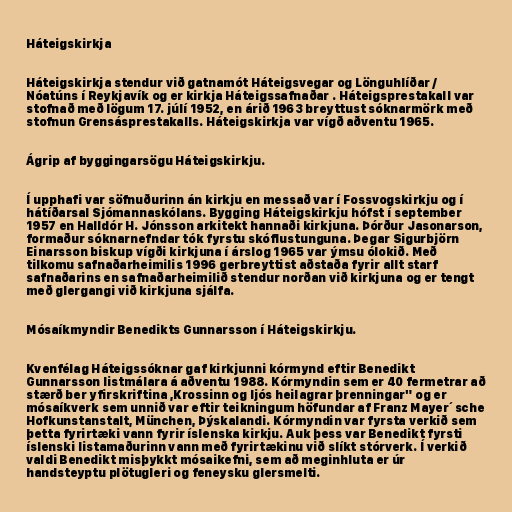
Háteigskirkja

Háteigskirkja stendur við gatnamót Háteigsvegar og Lönguhlíðar /
Nóatúns í Reykjavík og er kirkja Háteigssafnaðar . Háteigsprestakall var
stofnað með lögum 17. júlí 1952, en árið 1963 breyttust sóknarmörk með
stofnun Grensásprestakalls. Háteigskirkja var vígð aðventu 1965.

Ágrip af byggingarsögu Háteigskirkju.

Í upphafi var söfnuðurinn án kirkju en messað var í Fossvogskirkju og í
hátíðarsal Sjómannaskólans. Bygging Háteigskirkju hófst í september
1957 en Halldór H. Jónsson arkitekt hannaði kirkjuna. Þórður Jasonarson,
formaður sóknarnefndar tók fyrstu skóflustunguna. Þegar Sigurbjörn
Einarsson biskup vígði kirkjuna í árslog 1965 var ýmsu ólokið. Með
tilkomu safnaðarheimilis 1996 gerbreyttist aðstaða fyrir allt starf
safnaðarins en safnaðarheimilið stendur norðan við kirkjuna og er tengt
með glergangi við kirkjuna sjálfa.

Mósaíkmyndir Benedikts Gunnarsson í Háteigskirkju.

Kvenfélag Háteigssóknar gaf kirkjunni kórmynd eftir Benedikt
Gunnarsson listmálara á aðventu 1988. Kórmyndin sem er 40 fermetrar að
stærð ber yfirskriftina ,Krossinn og ljós heilagrar þrenningar" og er
mósaíkverk sem unnið var eftir teikningum höfundar af Franz Mayer´sche
Hofkunstanstalt, München, Þýskalandi. Kórmyndin var fyrsta verkið sem
þetta fyrirtæki vann fyrir íslenska kirkju. Auk þess var Benedikt fyrsti
íslenski listamaðurinn vann með fyrirtækinu við slíkt stórverk. Í verkið
valdi Benedikt misþykkt mósaikefni, sem að meginhluta er úr
handsteyptu plötugleri og feneysku glersmelti.